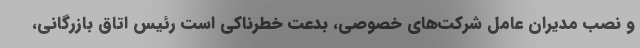
و نصب مدیران عامل شرکت‌های خصوصی، بدعت خطرناکی است رئیس اتاق بازرگانی،